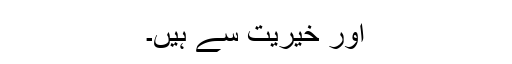
اور خیریت سے ہیں۔